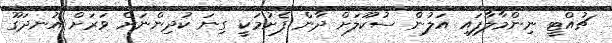
ޗުއްޓީ ނިންމާލާފައި އަލުން ސުކޫލަށް ދާން ފެށުމަކީ ގިނަ ކުދިންނަށް ވަރަށް އުނދަގޫ